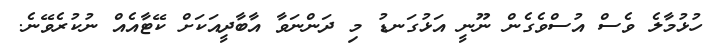
ހުޅުމާލެ ވެސް އުސްވެގެން ނޫނީ އަޅުގަނޑު މި ދަންނަވާ އާބާދީއަކަށް ކޭޓާއެއް ނުކުރެވޭނެ.